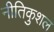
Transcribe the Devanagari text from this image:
नीतिकुशल